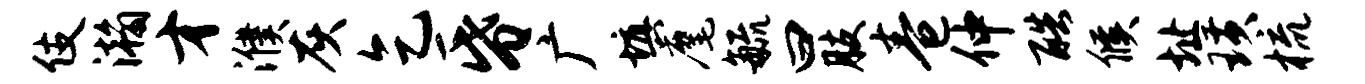
伎瀚才濮灰乞昏广填麾毓曰肢卷仲酷候址璜梳